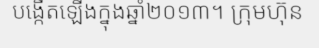
បង្កើតឡើងក្នុងឆ្នាំ២០១៣។ ក្រុមហ៊ុន